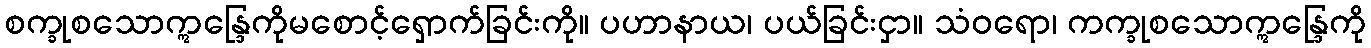
စက္ခုစသောဣန္ဒြေကိုမစောင့်ရှောက်ခြင်းကို။ ပဟာနာယ၊ ပယ်ခြင်းငှာ။ သံဝရော၊ ကက္ခုစသောဣန္ဒြေကို